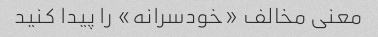
معنی مخالف «خودسرانه» را پیدا کنید